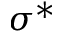
\sigma ^ { * }